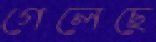
গেলেছে